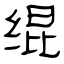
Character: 绲